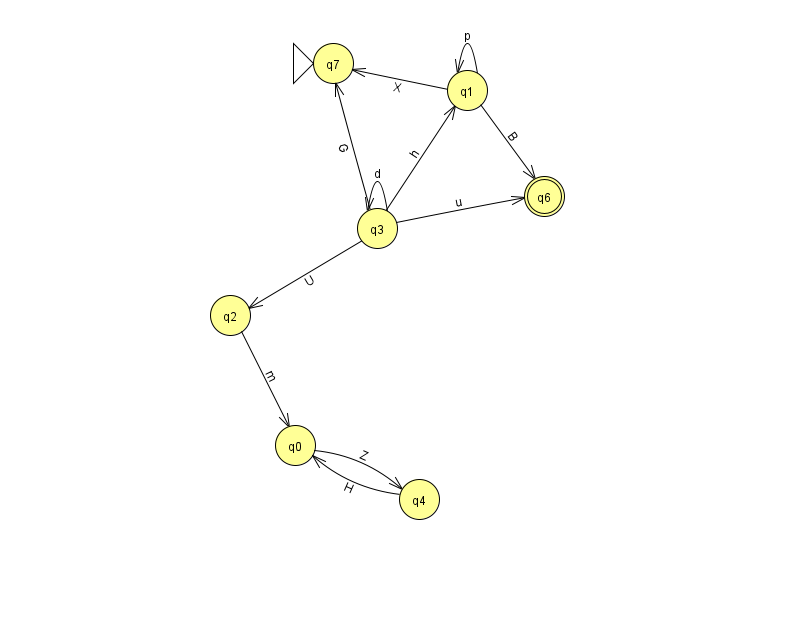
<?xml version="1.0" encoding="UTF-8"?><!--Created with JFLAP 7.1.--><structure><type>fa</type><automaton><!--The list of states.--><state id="0" name="q0"><x>295.0</x><y>432.0</y></state><state id="1" name="q1"><x>467.0</x><y>77.0</y></state><state id="2" name="q2"><x>230.0</x><y>302.0</y></state><state id="3" name="q3"><x>377.0</x><y>215.0</y></state><state id="4" name="q4"><x>419.0</x><y>486.0</y></state><state id="6" name="q6"><x>544.0</x><y>183.0</y><final/></state><state id="7" name="q7"><x>333.0</x><y>50.0</y><initial/></state><!--The list of transitions.--><transition><from>1</from><to>1</to><read>p</read></transition><transition><from>3</from><to>7</to><read>G</read></transition><transition><from>1</from><to>7</to><read>X</read></transition><transition><from>3</from><to>6</to><read>u</read></transition><transition><from>3</from><to>3</to><read>d</read></transition><transition><from>2</from><to>0</to><read>m</read></transition><transition><from>3</from><to>1</to><read>h</read></transition><transition><from>1</from><to>6</to><read>B</read></transition><transition><from>0</from><to>4</to><read>Z</read></transition><transition><from>3</from><to>2</to><read>U</read></transition><transition><from>4</from><to>0</to><read>H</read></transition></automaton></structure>